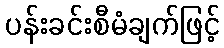
ပန်းခင်းစီမံချက်ဖြင့်